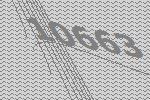
10663